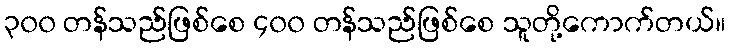
၃၀၀ တန်သည်ဖြစ်စေ ၄၀၀ တန်သည်ဖြစ်စေ သူတို့ကောက်တယ်။